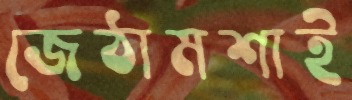
জেঠামশাই